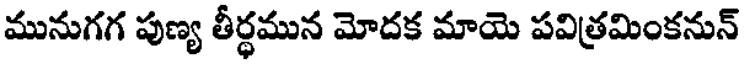
మునుగగ పుణ్య తీర్థమున మోదక మాయె పవిత్రమింకనున్